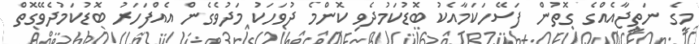
މީގެ ނަތީޖާއެއްގެ ގޮތުން ފަސޭހަކަމާއެކު ބޮޑުކަމުދެވި ކޮންމެ ދުވަހަކު މަދުވެގެން އެއްފަހަރު ބޮޑުކަމުދެވޭގޮތް